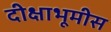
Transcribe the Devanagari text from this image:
दीक्षाभूमीस